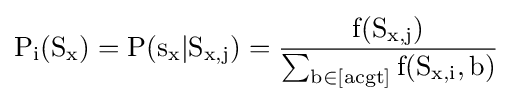
\operatorname {P_{i}(S_{x})=P(s_{x}|S_{x,j})={\frac {f(S_{x,j})}{\sum _{b\in {[acgt]}}\operatorname {f(S_{x,i},b)} }}}